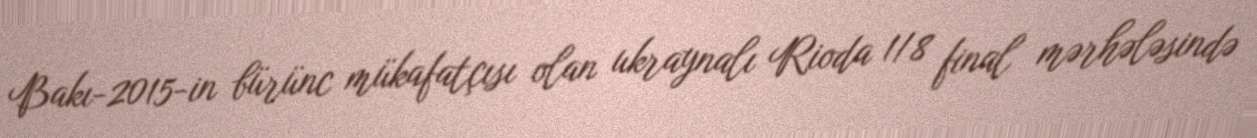
Bakı-2015-in bürünc mükafatçısı olan ukraynalı Rioda 1/8 final mərhələsində